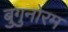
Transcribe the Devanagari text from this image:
बुगुनोरम